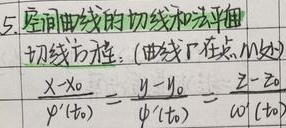
5. 空间曲线的切线和法平面
切线方程：(曲线\(\Gamma\)在点\(M_0\)处)\(\frac{x - x_0}{\varphi'(t_0)}=\frac{y - y_0}{\psi'(t_0)}=\frac{z - z_0}{\omega'(t_0)}\)